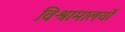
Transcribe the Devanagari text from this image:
विश्रामालयों